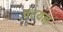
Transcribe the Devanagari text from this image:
चरयन